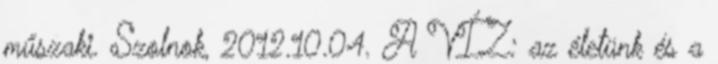
műszaki. Szolnok, 2012.10.04. A VÍZ: az életünk és a